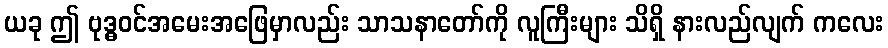
ယခု ဤ ဗုဒ္ဓဝင်အမေးအဖြေမှာလည်း သာသနာတော်ကို လူကြီးများ သိရှိ နားလည်လျက် ကလေး